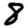
Digit: 8